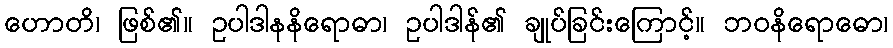
ဟောတိ၊ ဖြစ်၏။ ဥပါဒါနနိရောဓာ၊ ဥပါဒါန်၏ ချုပ်ခြင်းကြောင့်။ ဘဝနိရောဓော၊